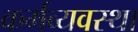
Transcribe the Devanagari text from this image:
कर्मव्यवस्था